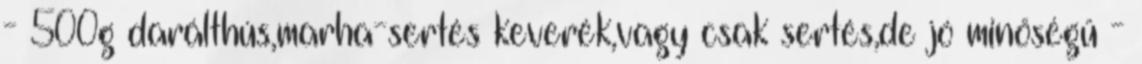
- 500g darálthús,marha-sertés keverék,vagy csak sertés,de jó minőségű -